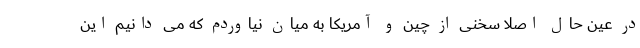
در عین حال اصلا سخنی از چین و آمریکا به میان نیاوردم که می دانیم این